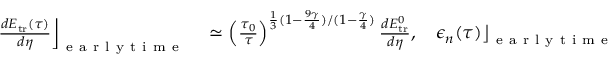
\begin{array} { r l r l } { \left. \frac { d E _ { \mathrm { t r } } ( \tau ) } { d \eta } \right\rfloor _ { \mathrm { ~ e ~ a ~ r ~ l ~ y ~ t ~ i ~ m ~ e ~ } } } & { { } \simeq \left( \frac { \tau _ { 0 } } { \tau } \right) ^ { \frac { 1 } { 3 } ( 1 - \frac { 9 \gamma } { 4 } ) / ( 1 - \frac { \gamma } { 4 } ) } \frac { d E _ { \mathrm { t r } } ^ { 0 } } { d \eta } , } & { \left. \epsilon _ { n } ( \tau ) \right\rfloor _ { \mathrm { ~ e ~ a ~ r ~ l ~ y ~ t ~ i ~ m ~ e ~ } } } & { { } \simeq \epsilon _ { n } ( \tau _ { 0 } ) , } \end{array}